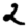
Digit: 2